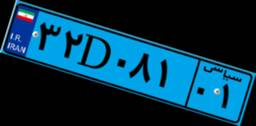
۴۰D۳۴۴۷۵